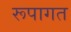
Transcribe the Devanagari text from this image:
रूपागत